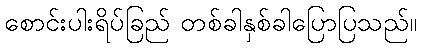
စောင်းပါးရိပ်ခြည် တစ်ခါနှစ်ခါပြောပြသည်။